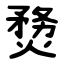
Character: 熃